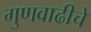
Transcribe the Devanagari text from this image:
गुणवाढीचे